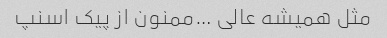
مثل همیشه عالی …ممنون از پیک اسنپ